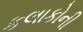
કલાકોની